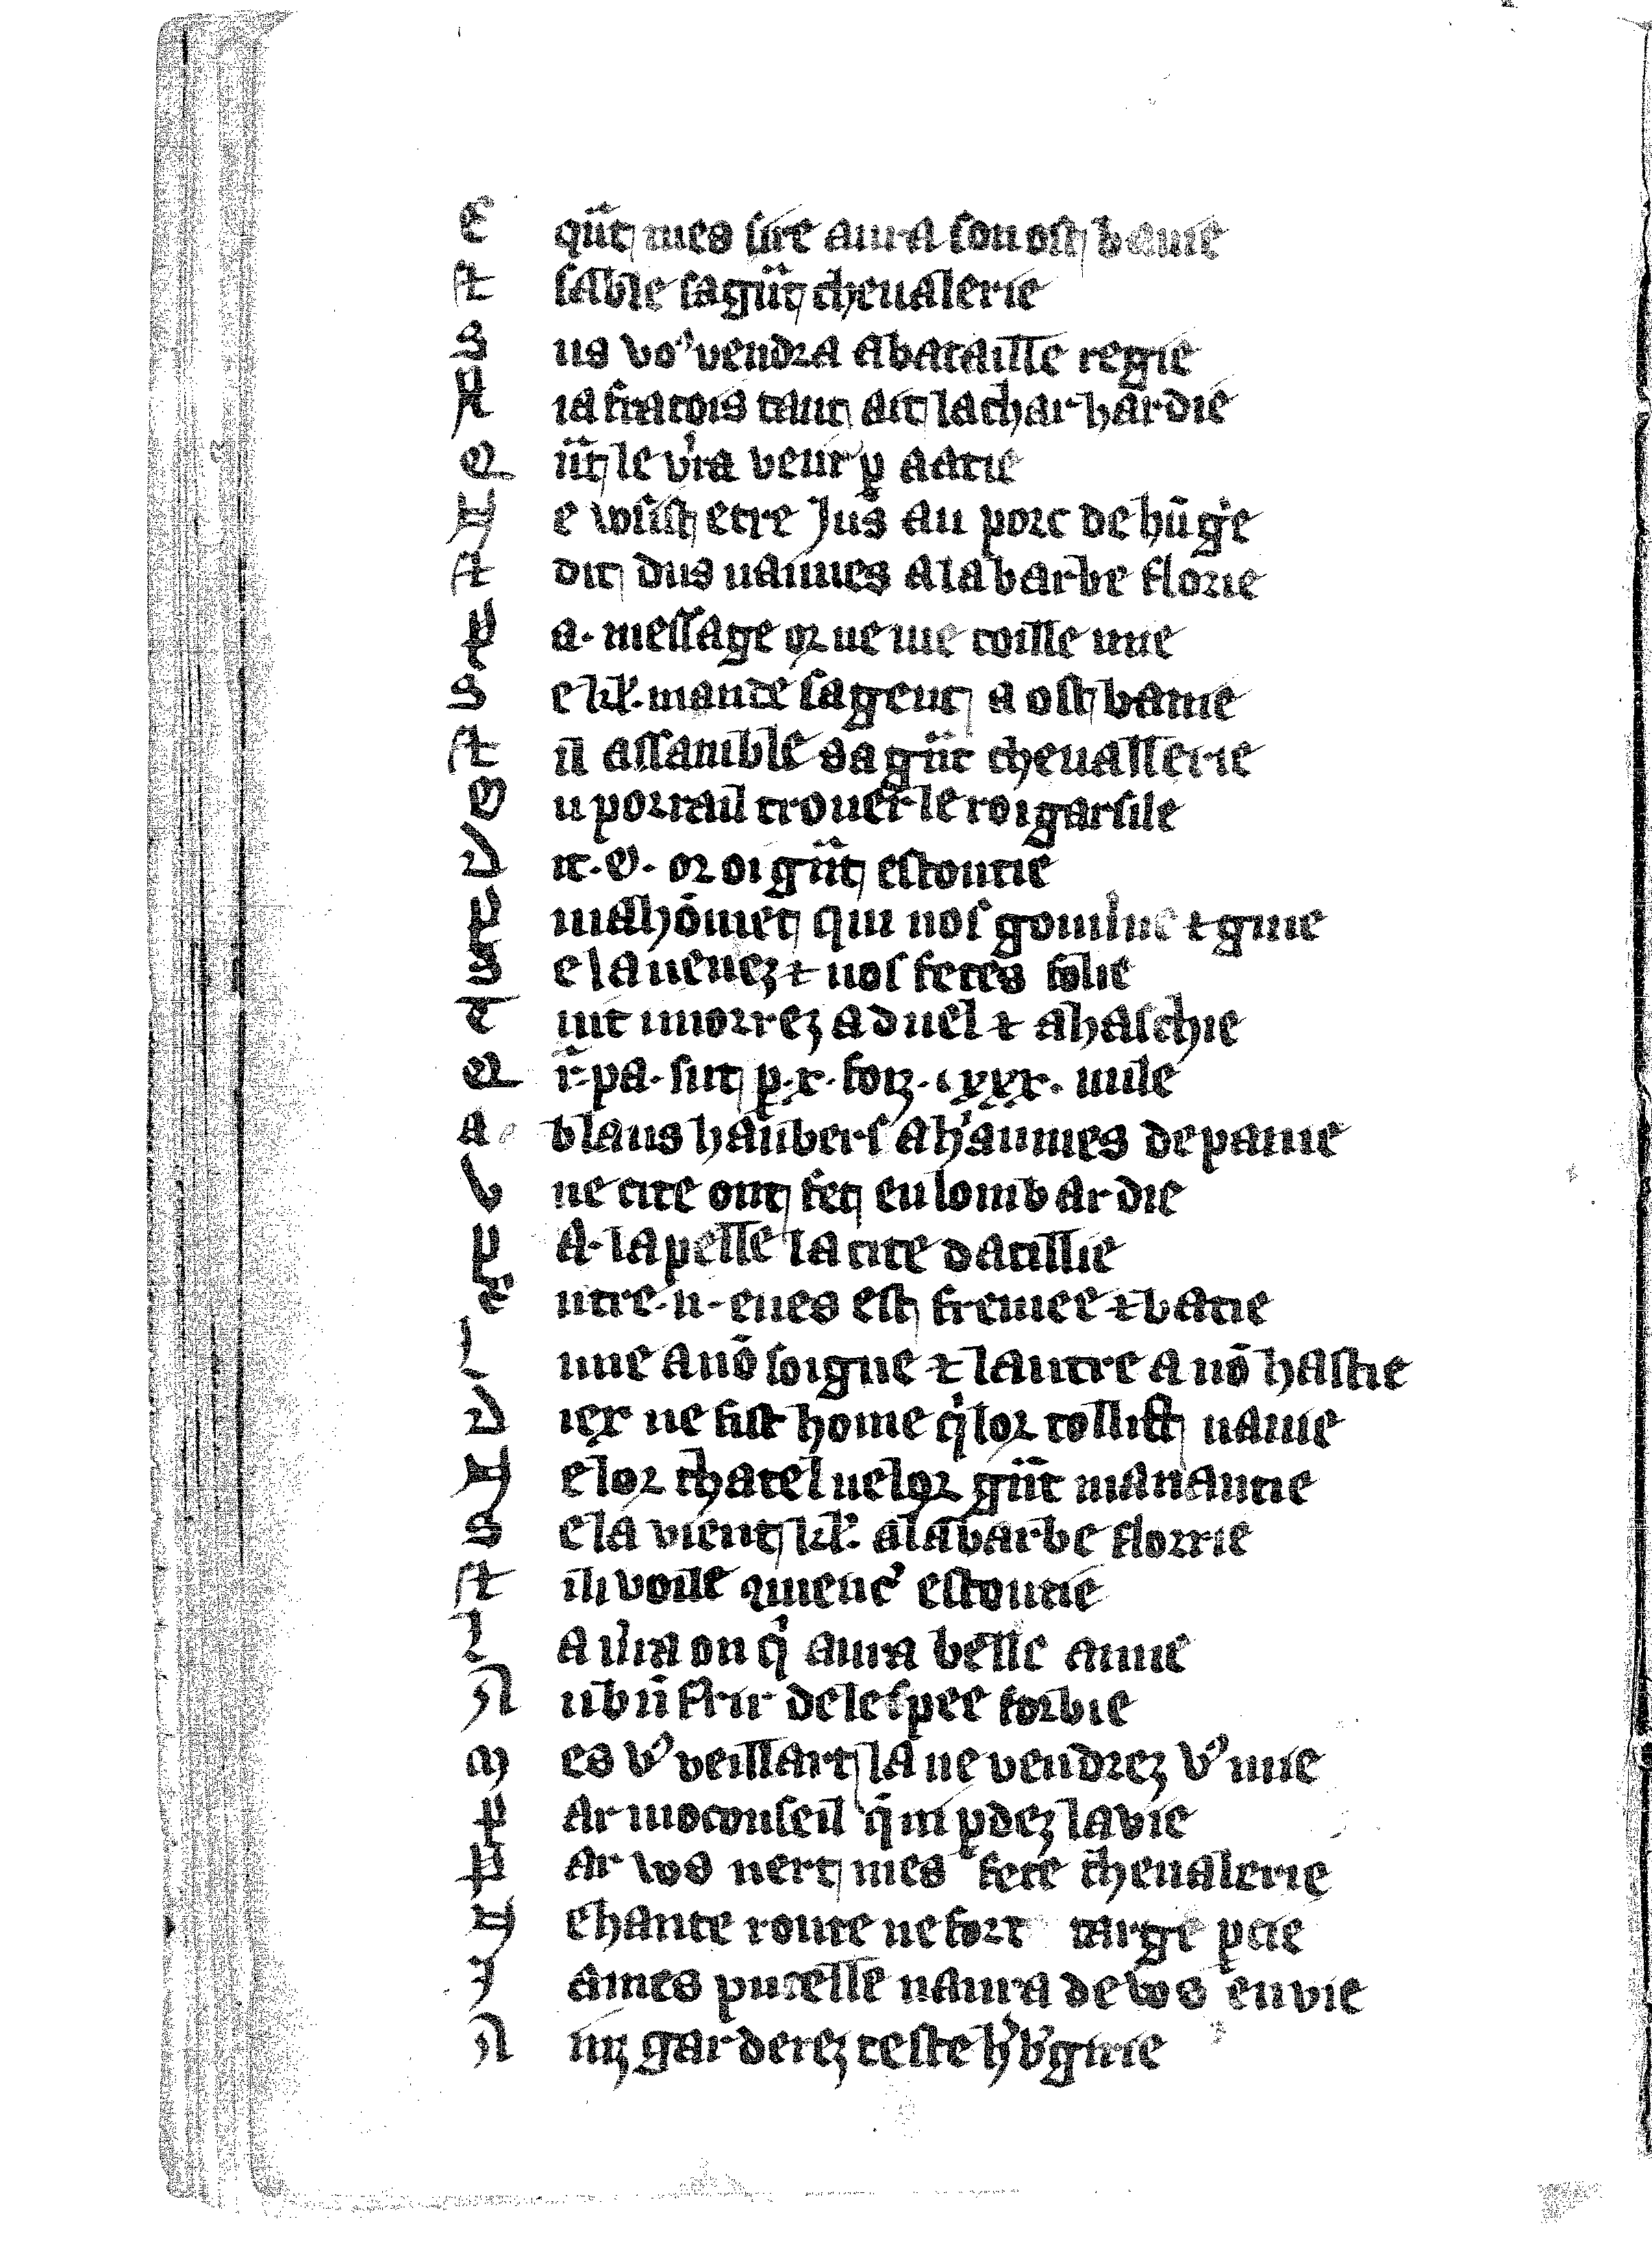
Shelfmark: Vatican, Biblioteca apostolica vaticana, Reg.lat. 1616
Century: 14